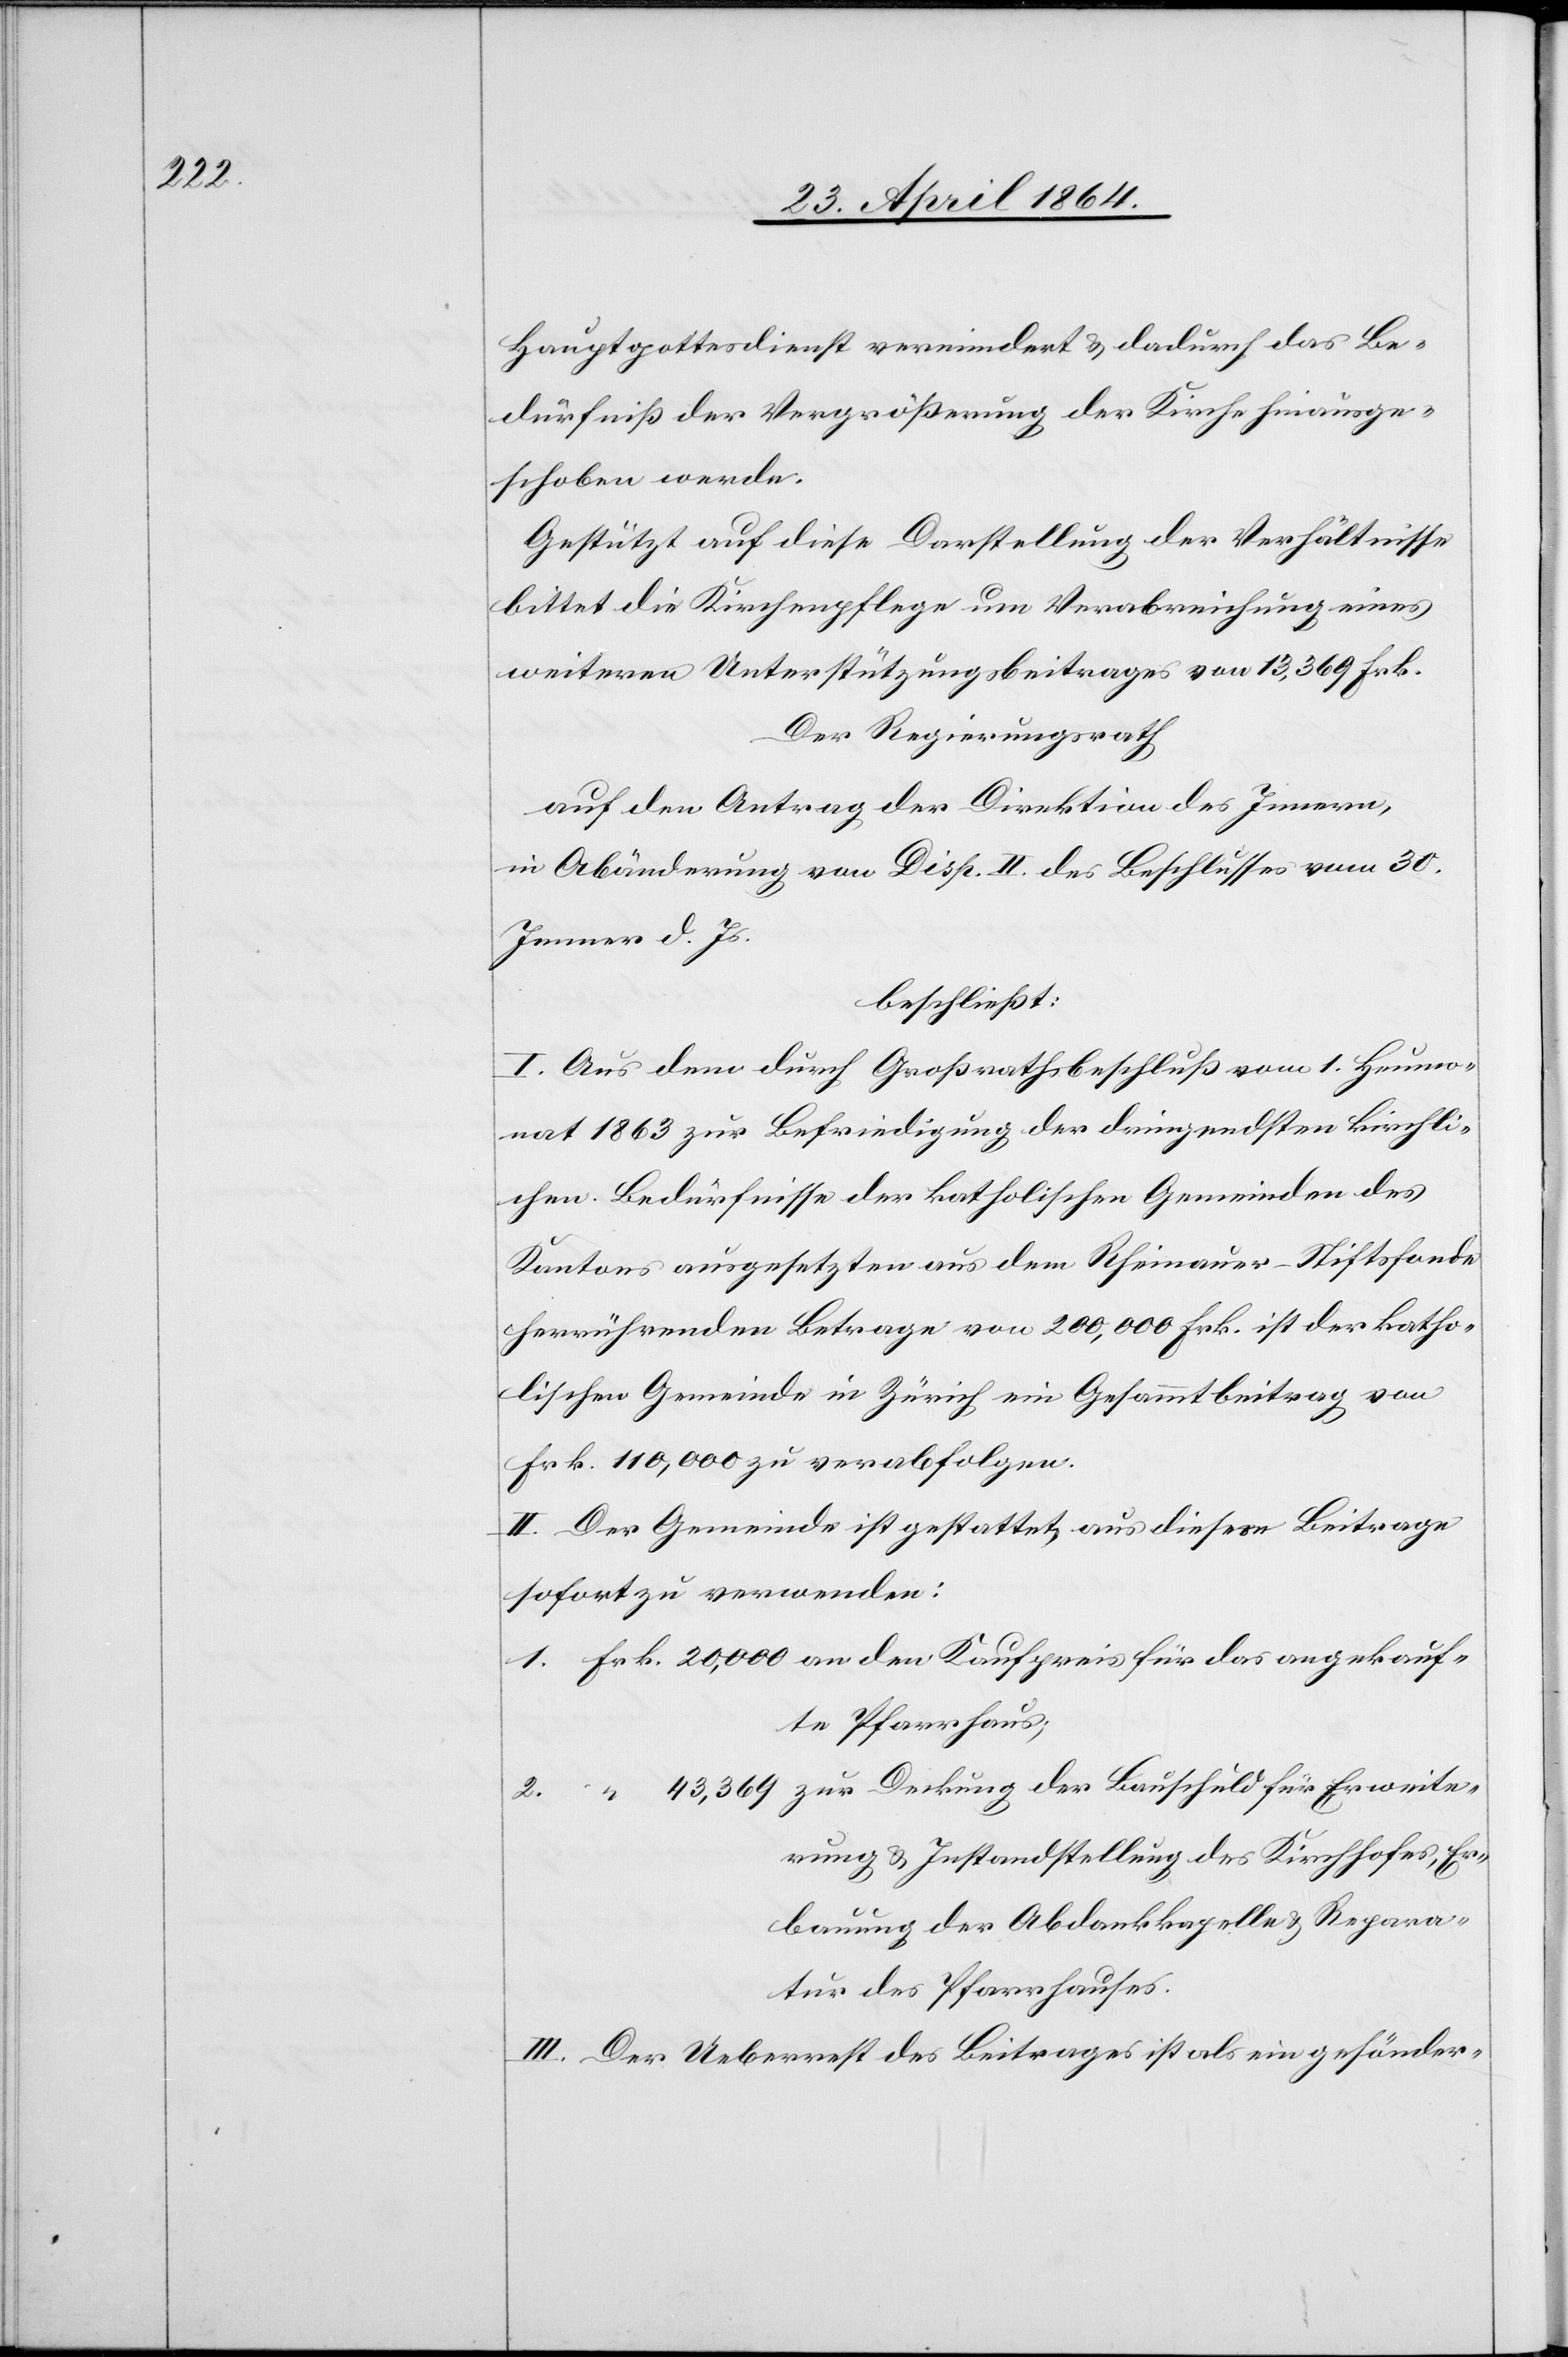
Hauptgottesdienst vermindert u. dadurch das Be¬
dürfniß der Vergrößerung der Kirche hinausge¬
schoben werde.
Gestützt auf diese Darstellung der Verhältnisse
bittet die Kirchenpflege um Verabreichung eines
weiteren Unterstützungsbeitrages von 13,369 Frk.
Der Regierungsrath
auf den Antrag der Direktion des Innern,
in Abänderung von Disp. II. des Beschlusses vom 30.
Jenner d. Js.
beschließt:
I. Aus dem durch Großrathsbeschluß vom 1. Heumo¬
nat 1863 zur Befriedigung der dringendsten kirchli¬
chen Bedürfnisse der katholischen Gemeinden des
Kantons ausgesetzten aus dem Rheinauer-Stiftsfonde
herrührenden Betrage von 200,000 Frk. ist der katho¬
lischen Gemeinde in Zürich ein Gesammtbeitrag von
Frk. 110,000 zu verabfolgen.
II. Der Gemeinde ist gestattet, aus diesem Beitrage
sofort zu verwenden:
1. Frk. 20,000 an den Kaufpreis für das angekauf¬
te Pfarrhaus;
2. “ 43,369 zur Deckung der Bauschuld für Erweite¬
rung . Instandstellung des Kirchhofes, Er¬
bauung der Abdankkapelle u. Repara¬
tur des Pfarrhauses.
III. Der Ueberrest des Beitrages ist als ein gesönder-